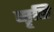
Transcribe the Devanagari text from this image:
सॄष्टि